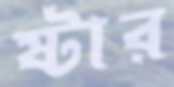
ষ্টার